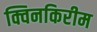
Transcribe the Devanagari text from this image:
क्विनकिरीम